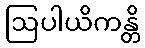
ဩပါယိကန္တိ